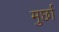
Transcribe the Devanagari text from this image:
मुर्छा